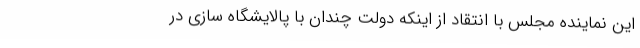
این نماینده مجلس با انتقاد از اینکه دولت چندان با پالایشگاه سازی در